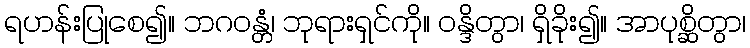
ရဟန်းပြုစေ၍။ ဘဂဝန္တံ၊ ဘုရားရှင်ကို။ ဝန္ဒိတွာ၊ ရှိခိုး၍။ အာပုစ္ဆိတွာ၊